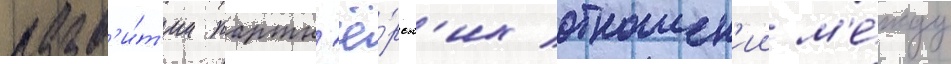
разв'и́т'ии партн'ё́рск'их отношен'ии м'е́жду